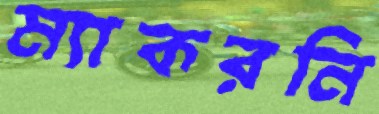
ম্যাকরনি